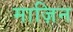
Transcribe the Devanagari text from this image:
माज़िन